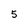
Character: 5